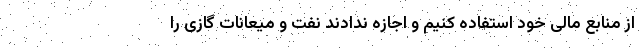
از منابع مالی خود استفاده کنیم و اجازه ندادند نفت و میعانات گازی را